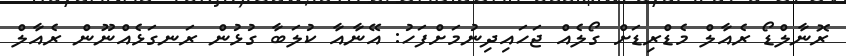
ރޮނާލްޑޯ ރެއާލް މެޑްރިޑަށް ގޯލެއް ޖަހައިދިނުމަށްފަހު: އޭނާއާ ކުލަބާ ގުޅުން ރަނގަޅެއްނޫން ރެއާލް